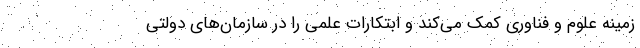
زمینه علوم و فناوری کمک می‌کند و ابتکارات علمی را در سازمان‌های دولتی